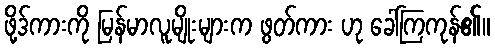
ဖို့ဒ်ကားကို မြန်မာလူမျိုးများက ဖွတ်ကား ဟု ခေါ်ကြကုန်၏။